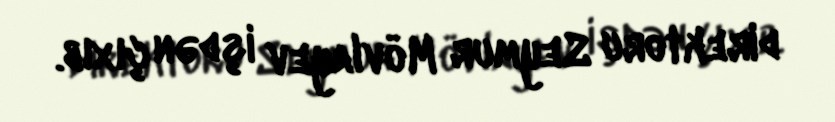
direktoru Seymur Mövlayev işdən çıxıb.